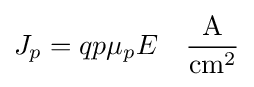
J_{p}=qp\mu _{p}E\quad {\frac {\text{A}}{{\text{cm}}^{2}}}